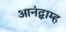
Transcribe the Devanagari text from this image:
आनंद्ब्राम्ह